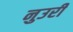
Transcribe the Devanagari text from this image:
नुउरी